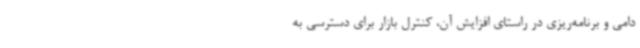
دامی و برنامه‌ریزی در راستای افزایش آن، کنترل بازار برای دسترسی به